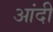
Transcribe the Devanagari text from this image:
आंदी